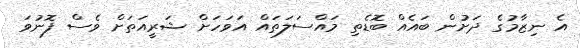
އެ ނިޒާމުގެ ދަށުން ބައެއް ބޮޑެތި މައްސަލަތައް އަވަހަށް ޝަރީއަތަށް ވެސް ފޮނުވަ